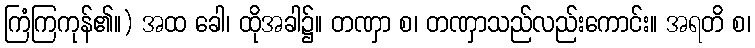
ကြံကြကုန်၏။) အထ ခေါ၊ ထိုအခါ၌။ တဏှာ စ၊ တဏှာသည်လည်းကောင်း။ အရတိ စ၊